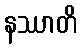
နဿာတိ